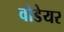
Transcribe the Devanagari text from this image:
वोडेयर